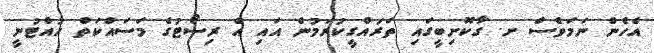
އެހެން ނަމަވެސް ށ. ގާކޮށިބީގައި ތަރައްގީކުރަމުން އައި އެ ރިސޯޓުގެ މަސައްކަތް ހުއްޓުނީ